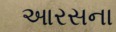
આરસના